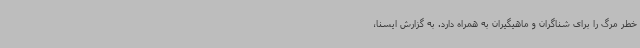
خطر مرگ را برای شناگران و ماهیگیران به همراه دارد. به گزارش ایسنا،